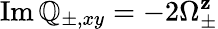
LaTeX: \operatorname{Im}\mathbb{Q}_{\pm,xy}=-2\Omega_{\pm}^{\mathbf{z}}